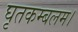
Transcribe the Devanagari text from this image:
घृतकम्बलम।